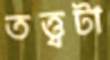
তত্ত্বটা